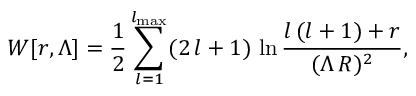
W [ r , \Lambda ] = { \frac { 1 } { 2 } } \sum _ { l = 1 } ^ { l _ { \mathrm { m a x } } } ( 2 \, l + 1 ) \, \ln { \frac { l \, ( l + 1 ) + r } { ( \Lambda \, R ) ^ { 2 } } } ,